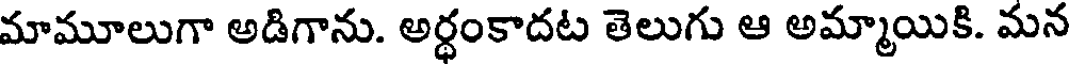
మామూలుగా అడిగాను. అర్ధంకాదట తెలుగు ఆ అమ్మాయికి. మన